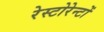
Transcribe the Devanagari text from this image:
रेस्टोरेन्टों